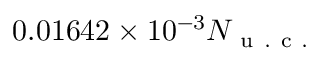
0 . 0 1 6 4 2 \times 1 0 ^ { - 3 } N _ { \mathrm { ~ u ~ . ~ c ~ . ~ } }